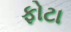
ફોટા